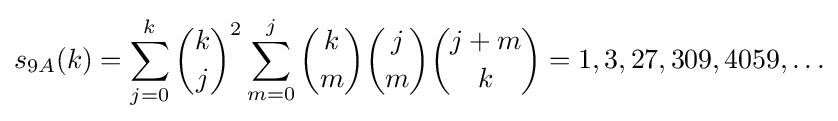
s_{9A}(k)=\sum _{j=0}^{k}{\binom {k}{j}}^{2}\sum _{m=0}^{j}{\binom {k}{m}}{\binom {j}{m}}{\binom {j+m}{k}}=1,3,27,309,4059,\ldots